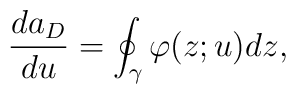
\frac {da_D}{du} = \oint_{\gamma} \varphi(z;u)dz,